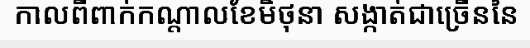
កាលពីពាក់កណ្តាលខែមិថុនា សង្កាត់ជាច្រើននៃ